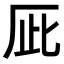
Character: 𠩆